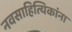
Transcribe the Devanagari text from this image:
नवसाहित्यिकांना